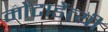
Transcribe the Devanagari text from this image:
मोंटाडेंत्यी